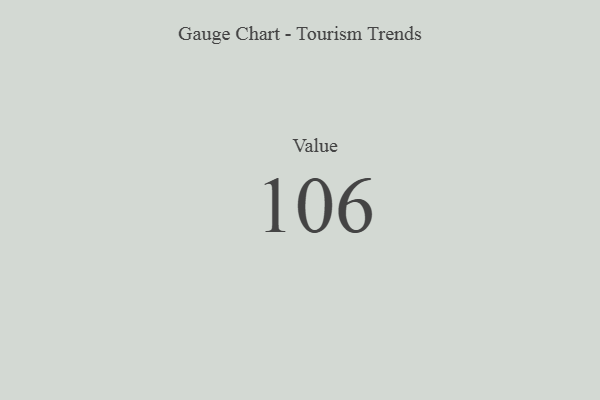
{"axis": {"x": "Metric", "y": "Value"}, "legend": [""], "data": [{"x": "Value", "y": 106, "type": ""}]}